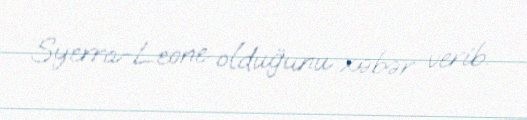
Syerra-Leone olduğunu xəbər verib.